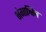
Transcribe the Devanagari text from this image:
भंगाश्विन